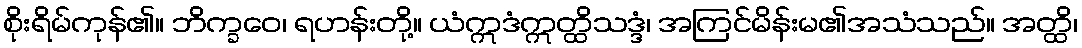
စိုးရိမ်ကုန်၏။ ဘိက္ခဝေ၊ ရဟန်းတို့။ ယံဣဒံဣတ္ထိသဒ္ဒံ၊ အကြင်မိန်းမ၏အသံသည်။ အတ္ထိ၊